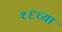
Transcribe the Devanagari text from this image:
१६च्या